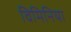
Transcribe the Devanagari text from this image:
विमिनिया